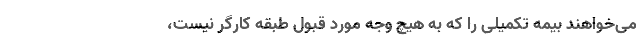
می‌خواهند بیمه تکمیلی را که به هیچ وجه مورد قبول طبقه کارگر نیست،